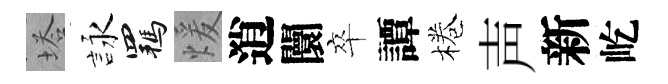
塔詠羈煖逍闤卒譚棬声新屹